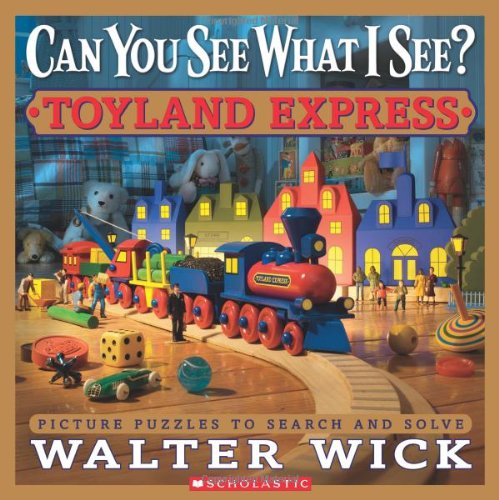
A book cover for Can You See What I See?: Toyland Express: Picture Puzzles to Search and Solve; Walter Wick; Children's Books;